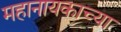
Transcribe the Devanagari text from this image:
महानायकाच्या